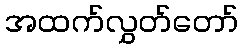
အထက်လွှတ်တော်